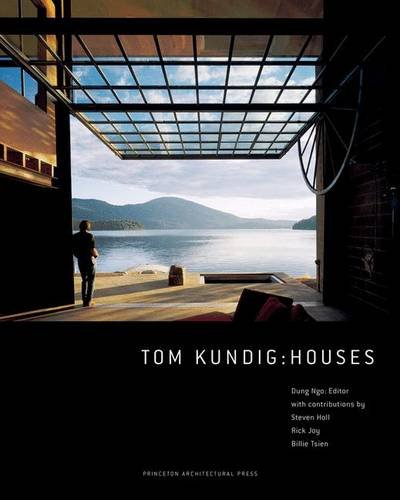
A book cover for Tom Kundig: Houses; Dung Ngo; Crafts, Hobbies & Home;